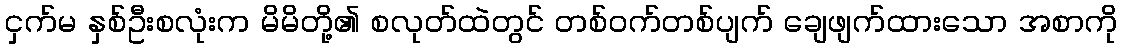
ငှက်မ နှစ်ဦးစလုံးက မိမိတို့၏ စလုတ်ထဲတွင် တစ်ဝက်တစ်ပျက် ချေဖျက်ထားသော အစာကို